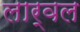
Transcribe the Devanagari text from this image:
लार्वल